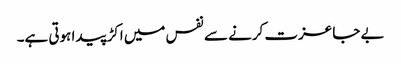
بے جا عزت کرنے سے نفس میں اکڑ پیدا ہوتی ہے۔